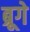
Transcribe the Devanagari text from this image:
ब्रूगे